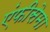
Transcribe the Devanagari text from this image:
एंफीसेमा